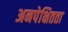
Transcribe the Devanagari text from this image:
अनपेक्षितता